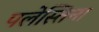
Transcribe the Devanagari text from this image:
पलेस्तिना